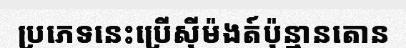
ប្រភេទនេះប្រើស៊ីម៉ងត៍ប៉ុន្មានតោន